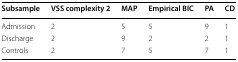
<table><thead><tr><td><b>Subsample</b></td><td><b>VSS complexity 2</b></td><td><b>MAP</b></td><td><b>Empirical BIC</b></td><td><b>PA</b></td><td><b>CD</b></td></tr></thead><tbody><tr><td>Admission</td><td>2</td><td>5</td><td>5</td><td>9</td><td>1</td></tr><tr><td>Discharge</td><td>2</td><td>9</td><td>2</td><td>2</td><td>1</td></tr><tr><td>Controls</td><td>2</td><td>7</td><td>5</td><td>7</td><td>1</td></tr></tbody></table>